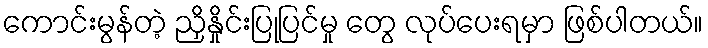
ကောင်းမွန်တဲ့ ညှိနှိုင်းပြုပြင်မှု တွေ လုပ်ပေးရမှာ ဖြစ်ပါတယ်။